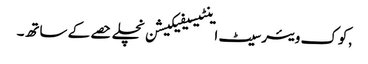
,کوک ویئر سیٹ اینٹیسیفیکیشن نچلے حصے کے ساتھ۔